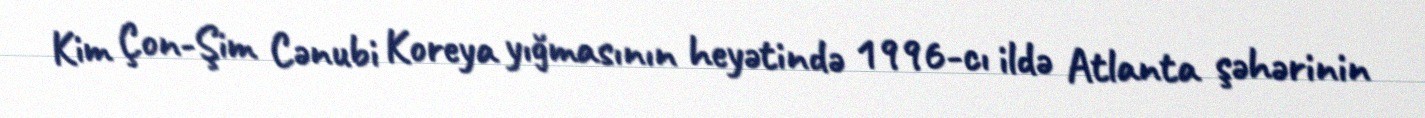
Kim Çon-Şim Cənubi Koreya yığmasının heyətində 1996-cı ildə Atlanta şəhərinin